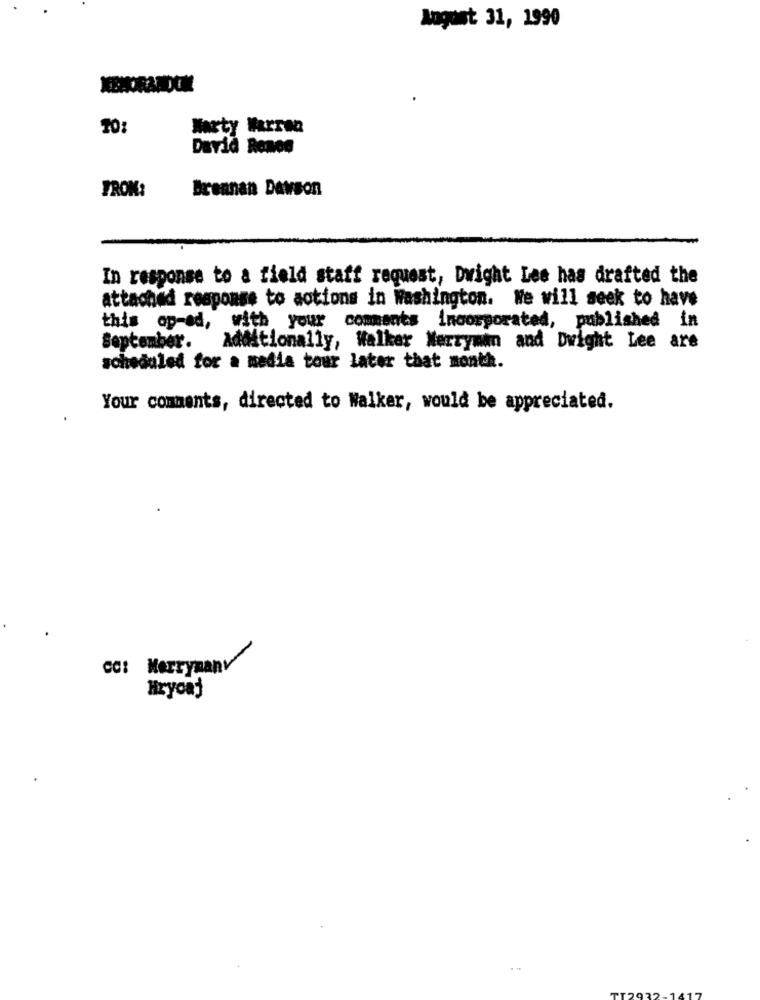
August 31, 1990
XENORANDOM
Marty Warren
David Rones
Brennan Dawson
FROM:
In response to a field staff request, Dwight Lee has drafted the
attached response to aotions in Washington. We will seek to have
this op-ed, with your comments incorporated, published in
September. Additionally, Walker Merryman and Dwight Lee are
scheduled for a media tour later that month.
Your comments, directed to Walker, would be appreciated.
cc: Merrymanv
Hrycaj